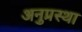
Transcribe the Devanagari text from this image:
अनुप्रस्था